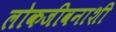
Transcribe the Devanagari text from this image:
लोकजीवनाशी